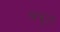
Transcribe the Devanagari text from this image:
बंबूल